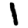
Digit: 1